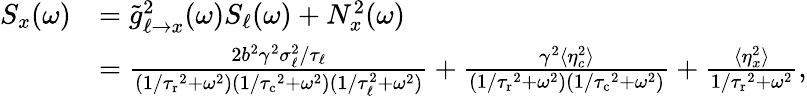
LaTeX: \begin{array}{rl}{S_{x}(\omega)}&{=\tilde{g}_{\ell\to x}^{2}(\omega)S_{\ell}(\omega)+N_{x}^{2}(\omega)}\\ &{=\frac{2b^{2}\gamma^{2}\sigma_{\ell}^{2}/\tau_{\ell}}{(1/{\tau_{\mathrm{r}}}^{2}+\omega^{2})(1/{\tau_{\mathrm{c}}}^{2}+\omega^{2})(1/\tau_{\ell}^{2}+\omega^{2})}+\frac{\gamma^{2}\langle\eta_{c}^{2}\rangle}{(1/{\tau_{\mathrm{r}}}^{2}+\omega^{2})(1/{\tau_{\mathrm{c}}}^{2}+\omega^{2})}+\frac{\langle\eta_{x}^{2}\rangle}{1/{\tau_{\mathrm{r}}}^{2}+\omega^{2}},}\end{array}